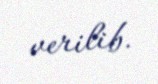
verilib.